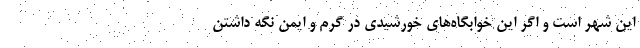
این شهر است و اگر این خوابگاه‌های خورشیدی در گرم و ایمن نگه داشتن